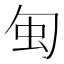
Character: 𠣜